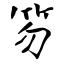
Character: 笏